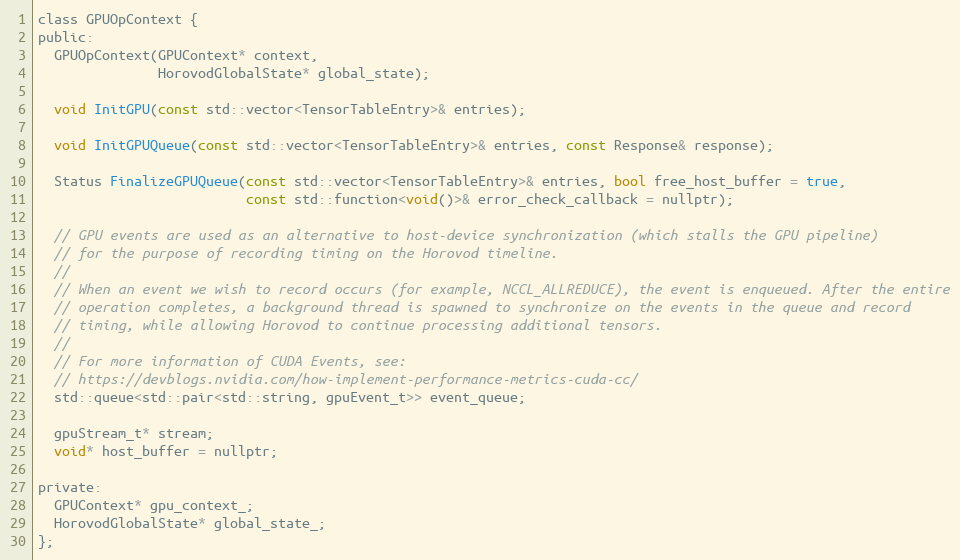
Language: C
class GPUOpContext {
public:
  GPUOpContext(GPUContext* context,
               HorovodGlobalState* global_state);

  void InitGPU(const std::vector<TensorTableEntry>& entries);

  void InitGPUQueue(const std::vector<TensorTableEntry>& entries, const Response& response);

  Status FinalizeGPUQueue(const std::vector<TensorTableEntry>& entries, bool free_host_buffer = true,
                          const std::function<void()>& error_check_callback = nullptr);

  // GPU events are used as an alternative to host-device synchronization (which stalls the GPU pipeline)
  // for the purpose of recording timing on the Horovod timeline.
  //
  // When an event we wish to record occurs (for example, NCCL_ALLREDUCE), the event is enqueued. After the entire
  // operation completes, a background thread is spawned to synchronize on the events in the queue and record
  // timing, while allowing Horovod to continue processing additional tensors.
  //
  // For more information of CUDA Events, see:
  // https://devblogs.nvidia.com/how-implement-performance-metrics-cuda-cc/
  std::queue<std::pair<std::string, gpuEvent_t>> event_queue;

  gpuStream_t* stream;
  void* host_buffer = nullptr;

private:
  GPUContext* gpu_context_;
  HorovodGlobalState* global_state_;
};